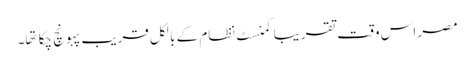
مصر اس وقت تقریبا کمنسٹ نظام کے بالکل قریب پہونچ چکا تها۔